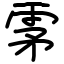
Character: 雺